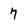
Character: 7